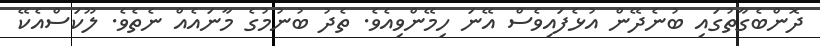
ދޮންބެގާތުގައި ބުނެދޭން އުޅެފައިވެސް އޭނަ ހިމޭންވިއެވެ. ތެދު ބުނުމުގެ މާނައެއް ނެތެވެ. ލޫކަސްއެކޭ